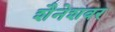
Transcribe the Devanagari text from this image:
शैनेशवर